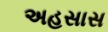
અહસાસ